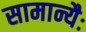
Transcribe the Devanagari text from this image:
सामान्यैः